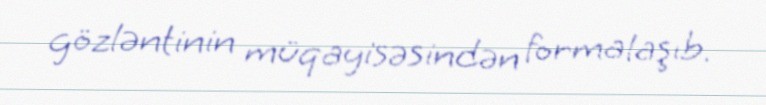
gözləntinin müqayisəsindən formalaşıb.